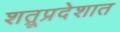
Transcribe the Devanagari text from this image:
शत्रूप्रदेशात